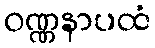
ဝဏ္ဏနာပထံ